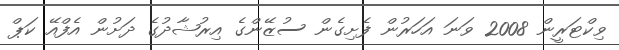
ވިކްޓަރީން 2008 ވަނަ އަހަރުން ފެށިގެން ސުޒޭންގެ އިރުޝާދުގެ ދަށުން އެފްއޭ ކަޕް